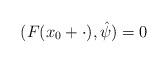
LaTeX: \begin{align*}(F(x_0+\cdot),\hat\psi)=0\end{align*}